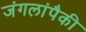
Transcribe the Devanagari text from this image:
जंगलांपैकी